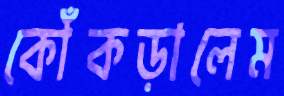
কোঁকড়ালেম